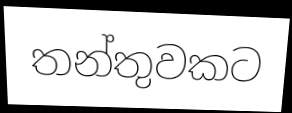
තන්තුවකට